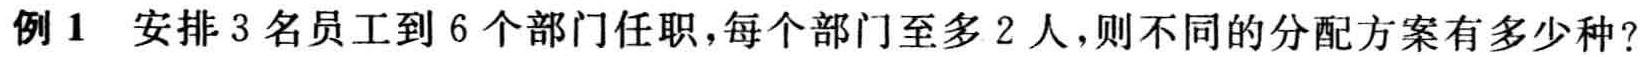
例1 安排3名员工到6个部门任职，每个部门至多2人，则不同的分配方案有多少种？